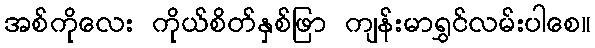
အစ်ကိုလေး ကိုယ်စိတ်နှစ်ဖြာ ကျန်းမာရွှင်လမ်းပါစေ။